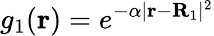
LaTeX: g_{1}(\mathbf r)=e^{-\alpha|\mathbf r-\mathbf R_{1}|^{2}}